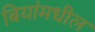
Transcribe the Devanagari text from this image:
बियांमधील